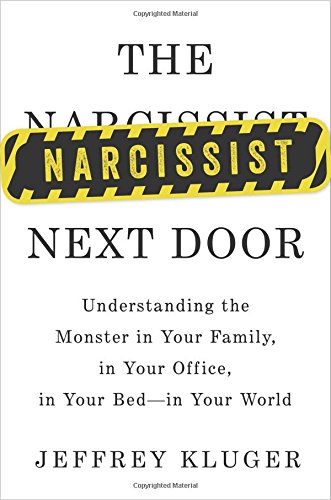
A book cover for The Narcissist Next Door: Understanding the Monster in Your Family, in Your Office, in Your Bed-in Your World; Jeffrey Kluger; Health, Fitness & Dieting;